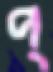
প্